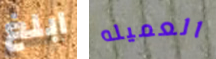
ابلغ العميله